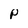
Character: P